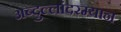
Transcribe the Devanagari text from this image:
अब्दुल्लांदरम्यान